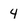
Character: 4